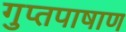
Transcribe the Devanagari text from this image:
गुप्तपाषाण